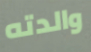
والدته